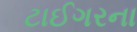
ટાઈગરના